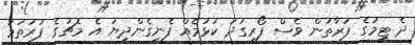
ދެ ޓީމުގެ ފަރާތުން ވެސް ފޯރިގަދަ ކުޅުމެއް ފެނިގެންދިޔަ އެ މެޗުގެ ފުރަތަމަ